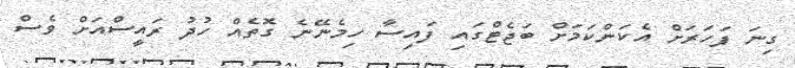
ގިނަ ފަހަރަށް އެކަންކަމަށް ބަޖެޓްގައި ފައިސާ ހިމެނޭނެ ގޮތެއް ހުދު ރައީސްއަށް ވެސް